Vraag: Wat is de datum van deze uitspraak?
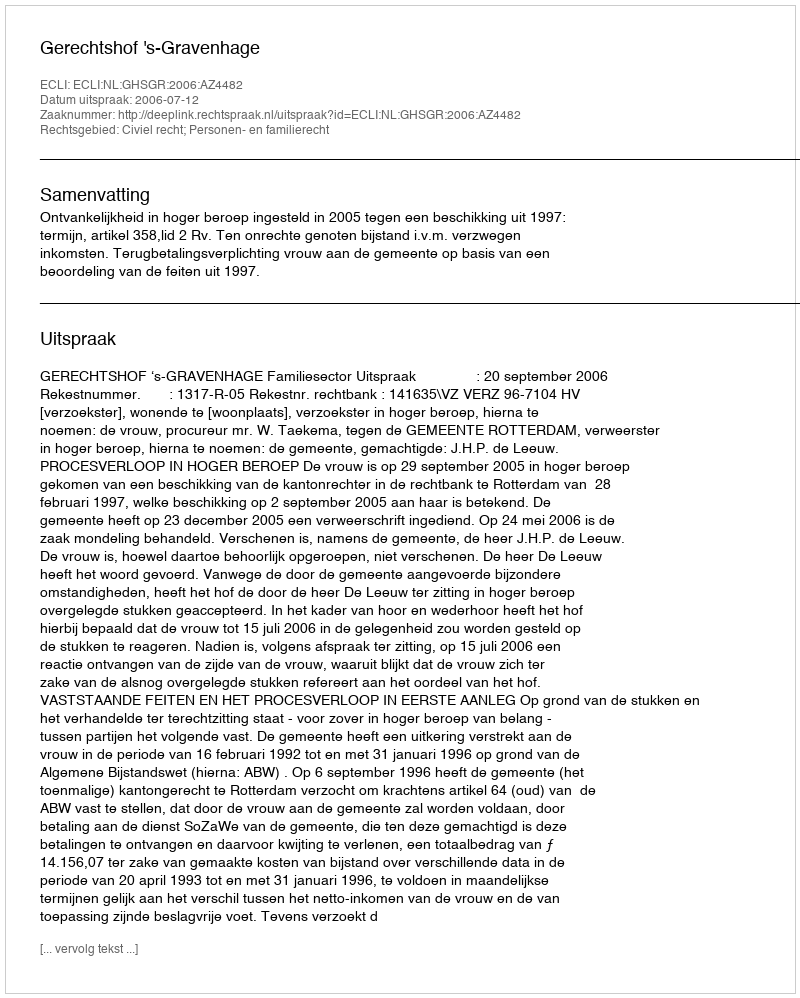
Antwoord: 2006-07-12